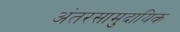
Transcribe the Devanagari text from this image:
अंतरसामुदायिक